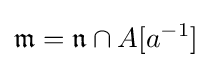
{\mathfrak {m}}={\mathfrak {n}}\cap A[a^{-1}]